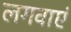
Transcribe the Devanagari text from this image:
लगवाएं